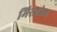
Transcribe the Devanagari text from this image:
मिरजोळ